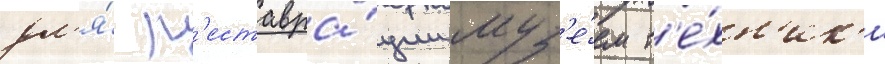
дл'я́ р'еставра́ции муз'е́ем т'е́хн'ик'и